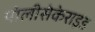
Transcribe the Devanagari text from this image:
पोलीसेकेराइड